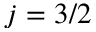
j = 3 / 2